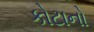
કોટાનો